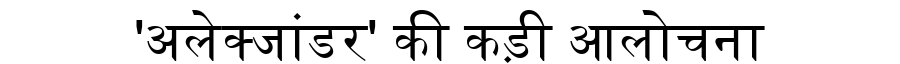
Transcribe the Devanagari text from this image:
'अलेक्जांडर' की कड़ी आलोचना